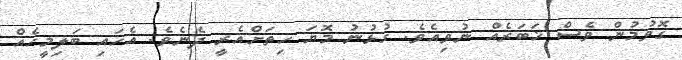
ގޮވުމުން ވެސް ޚަބަރެއް ނުވިއެވެ. ގުޅުނު މޮޔަ ހިތަށްއެރީ ދެނެވެ. އެހައި ބަލިމީހެއް